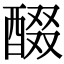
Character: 醊